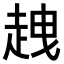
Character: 𧻭